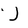
Character: J